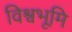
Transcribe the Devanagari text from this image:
विश्वभूमि